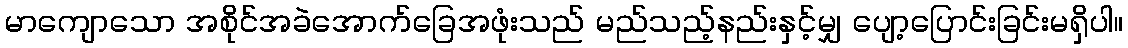
မာကျောသော အစိုင်အခဲအောက်ခြေအဖုံးသည် မည်သည့်နည်းနှင့်မျှ ပျော့ပြောင်းခြင်းမရှိပါ။